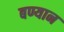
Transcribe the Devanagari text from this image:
बण्यान